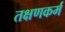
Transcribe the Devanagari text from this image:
तक्षणकर्म